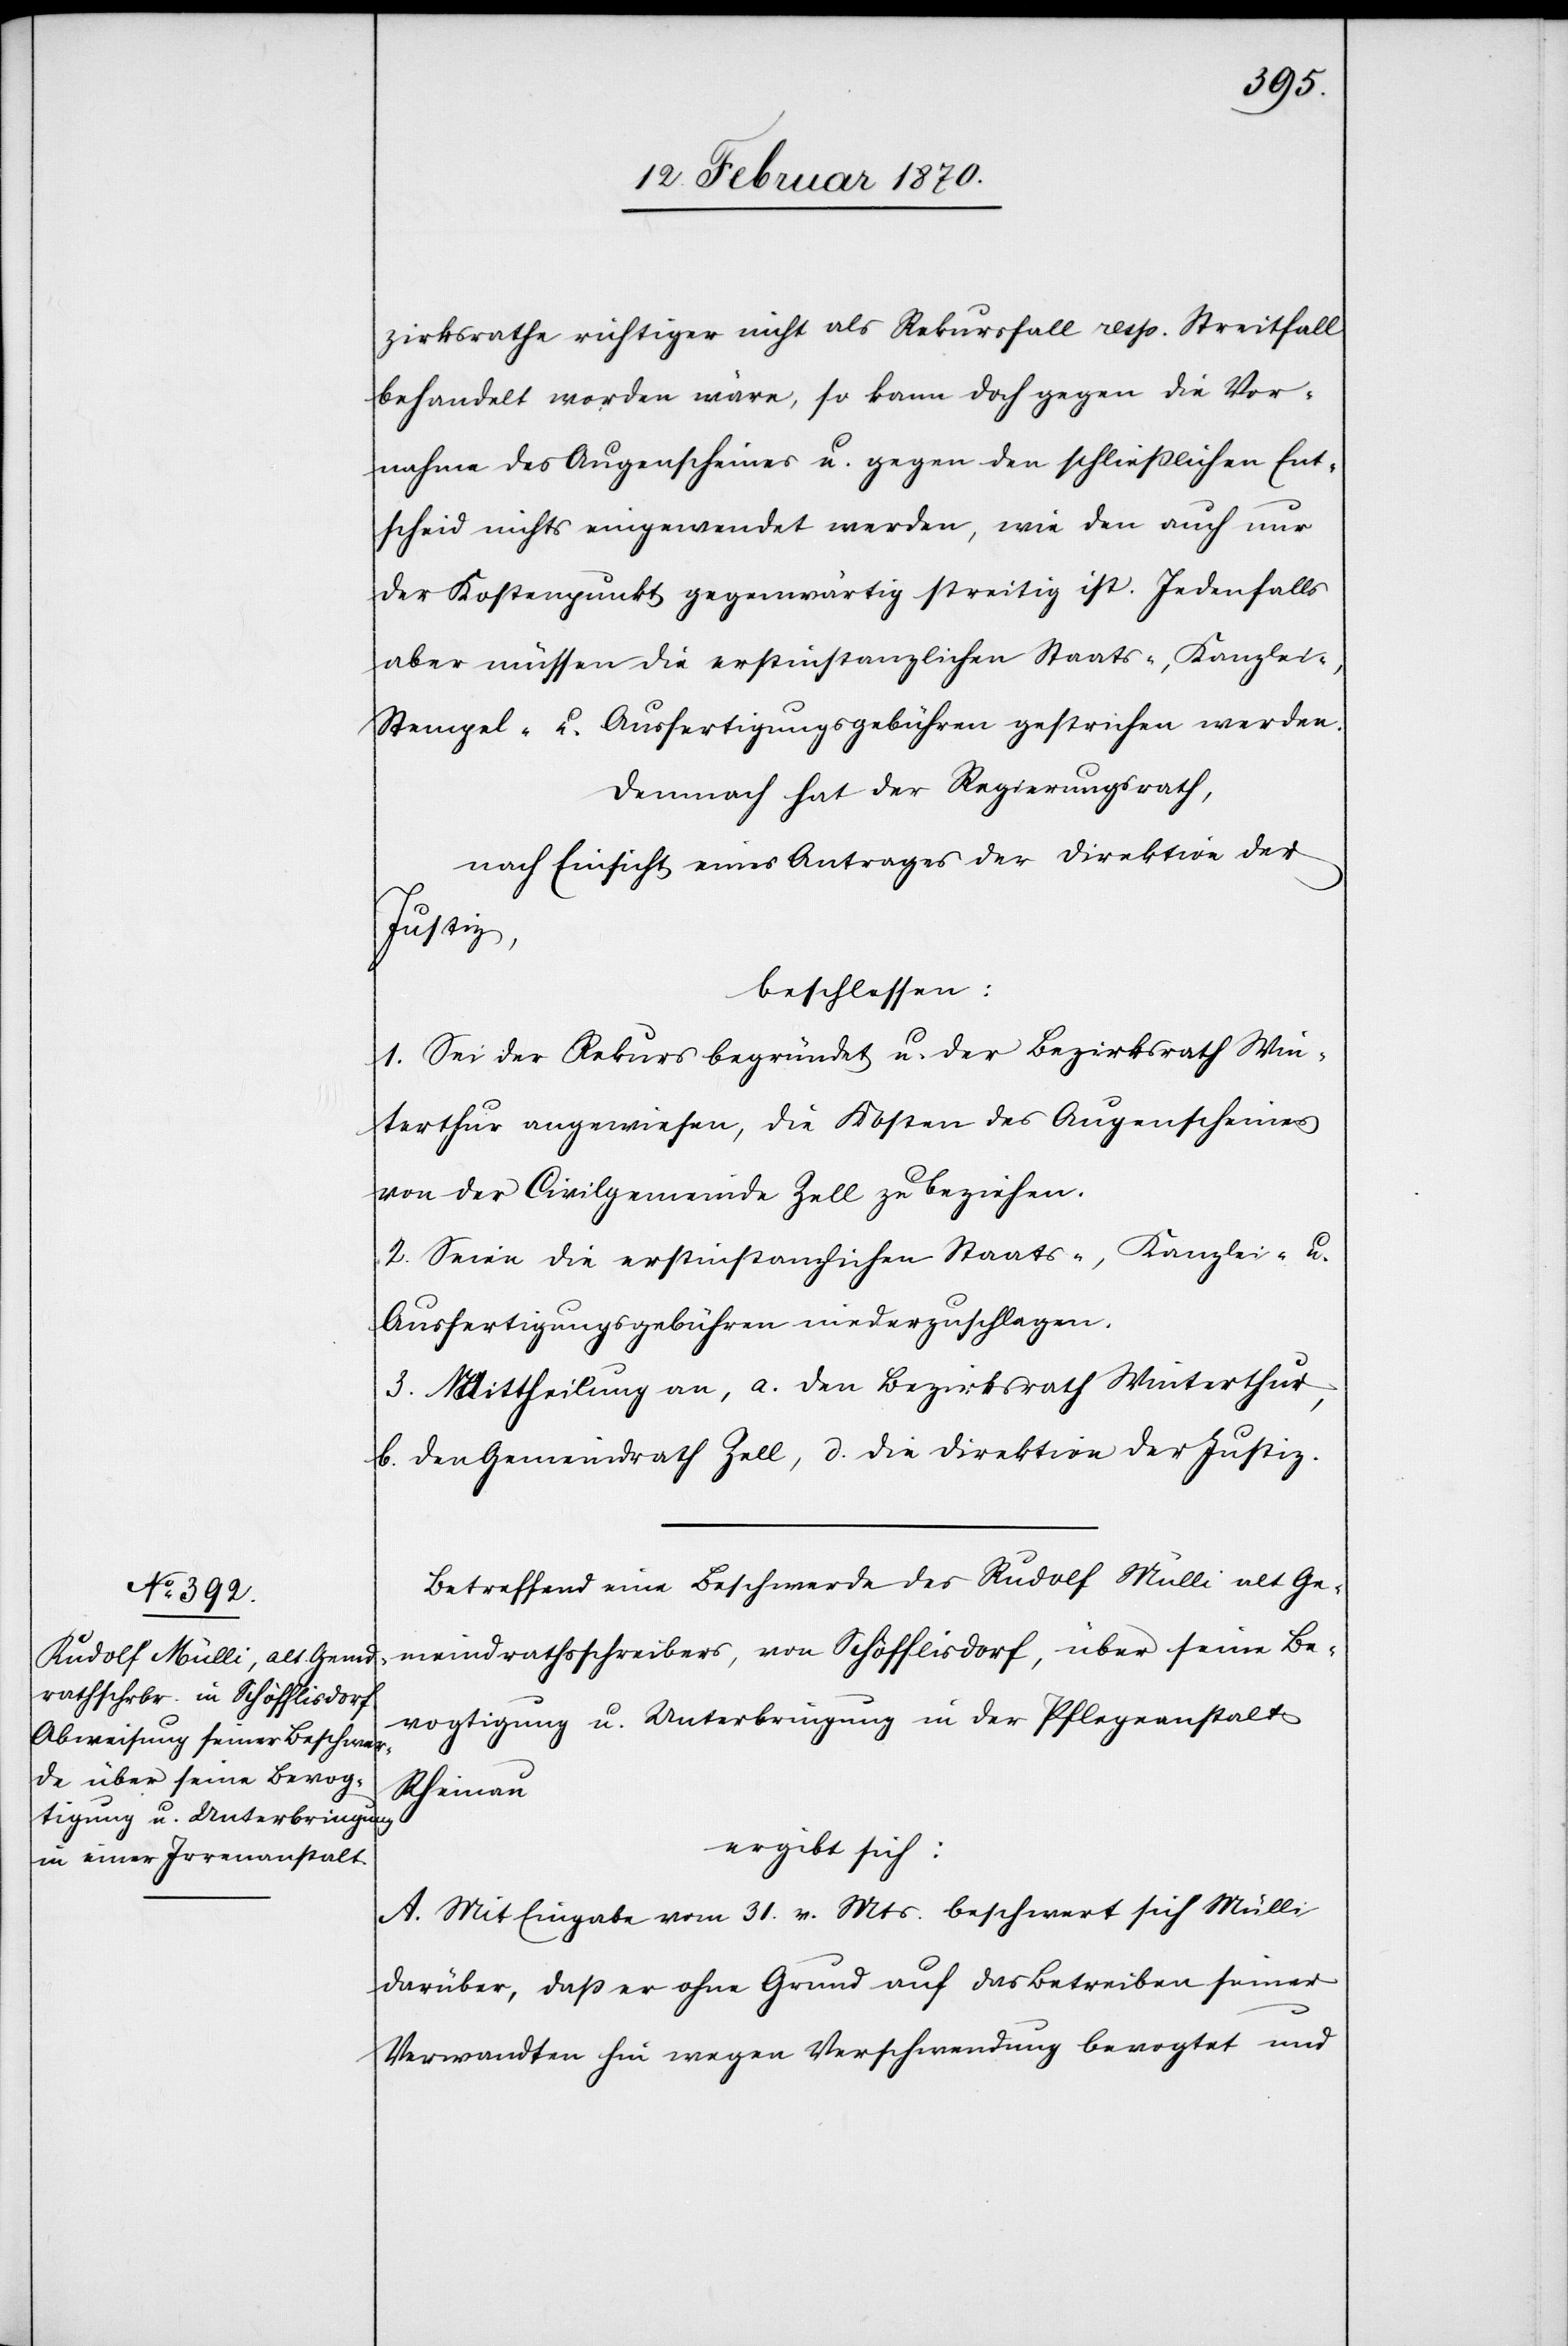
zirksrathe richtiger nicht als Rekursfall resp. Streitfall
behandelt worden wäre, so kann doch gegen die Vor¬
nahme des Augenscheines u. gegen den schliesslichen Ent¬
scheid nichts eingewendet werden, wie den auch nur
der Kostenpunkt gegenwärtig streitig ist. Jedenfalls
aber müssen die erstinstanzlichen Staats-, Kanzlei-,
Stempel- u. Ausfertigungsgebühren gestrichen werden.
Demnach hat der Regierungsrath,
nach Einsicht eines Antrages der Direktion der
Justiz,
beschlossen:
1. Sei der Rekurs begründet u. der Bezirksrath Win¬
terthur angewiesen, die Kosten des Augenscheines
von der Civilgemeinde Zell zu beziehen.
2. Seien die erstinstanzlichen Staats-, Kanzlei- u.
Ausfertigungsgebühren niederzuschlagen.
3. Mittheilung an, a. den Bezirksrath Winterthur,
b. den Gemeindrath Zell, d. [sic!] die Direktion der Justiz.
Betreffend eine Beschwerde des Rudolf Mülli, alt Ge¬
meindrathsschreibers, von Schöfflisdorf, über seine Be¬
vogtigung u. Unterbringung in der Pflegeanstalt
Rheinau
ergibt sich:
A. Mit Eingabe vom 31. v. Mts. beschwert sich Mülli
darüber, daß er ohne Grund auf das Betreiben seiner
Verwandten hin wegen Verschwendung bevogtet und